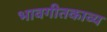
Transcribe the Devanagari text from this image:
भावगीतकाव्य